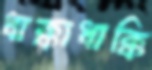
ধাক্কাধাক্কি